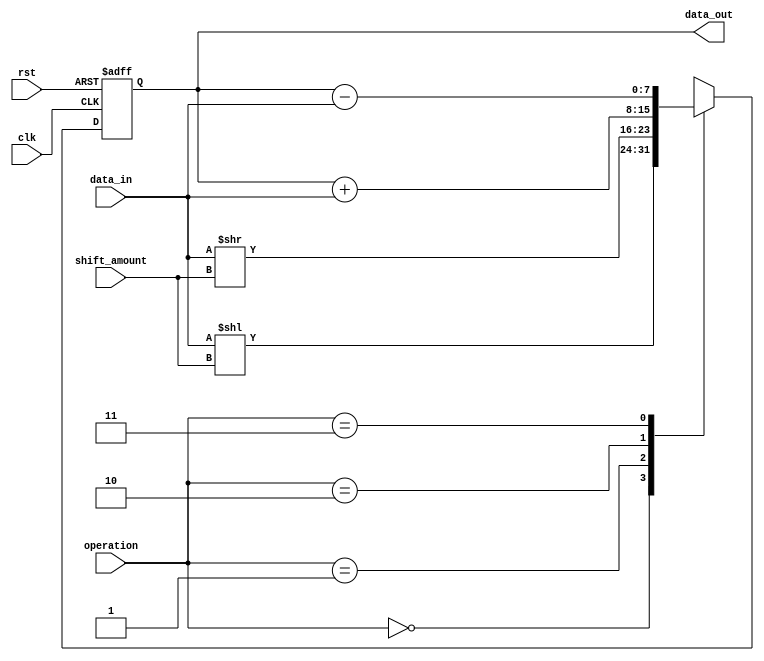
module FixedPointShiftRegister (
    input wire clk,
    input wire rst,
    input wire [7:0] data_in,
    input wire [1:0] operation,
    input wire [3:0] shift_amount,
    output reg [7:0] data_out
);

reg [7:0] shift_reg;

always @(posedge clk or posedge rst) begin
    if (rst) begin
        shift_reg <= 8'b0;
    end else begin
        case (operation)
            2'b00: shift_reg <= data_in << shift_amount;
            2'b01: shift_reg <= data_in >> shift_amount;
            2'b10: shift_reg <= shift_reg + data_in;
            2'b11: shift_reg <= shift_reg - data_in;
            default: shift_reg <= shift_reg;
        endcase
    end
end

assign data_out = shift_reg;

endmodule